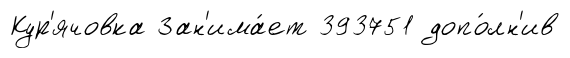
Кур'ячовка Зан'има́ет 393751 допо́лн'ив